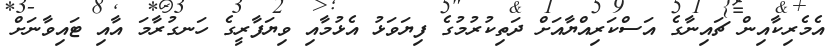
އެމެރިކާއިން ޗައިނާގެ އަސްކަރިއްޔާއަށް ދަތިކުރުމުގެ ފިޔަވަޅު އެޅުމާއި ވިޔަފާރީގެ ހަނގުރާމަ އާއި ޓައިވާނަށް